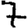
Digit: 7